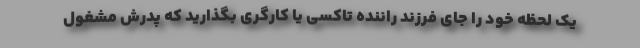
یک لحظه خود را جای فرزند راننده تاکسی یا کارگری بگذارید که پدرش مشغول